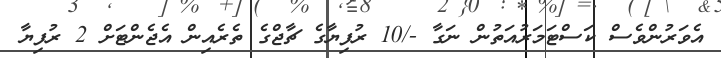
އެވަރުންވެސް ކަސްޓަމަރުއަތުން ނަގާ -/10 ރުފިޔާގެ ޗާޖްގެ ތެރެއިން އެޖެންޓަށް 2 ރުފިޔާ